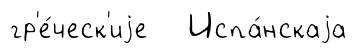
гр'е́ческ'иjе Испа́нскаjа